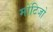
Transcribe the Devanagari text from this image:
मोंटिजो